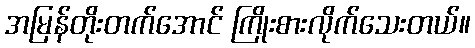
အမြန်တိုးတက်အောင် ကြိုးစားလိုက်သေးတယ်။